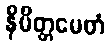
နိမိတ္တမေတံ